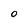
Character: O